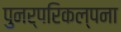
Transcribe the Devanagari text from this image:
पुनर्परिकल्पना